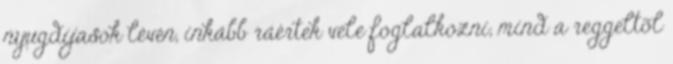
nyugdíjasok lévén, inkább ráértek vele foglalkozni, mind a reggeltõl